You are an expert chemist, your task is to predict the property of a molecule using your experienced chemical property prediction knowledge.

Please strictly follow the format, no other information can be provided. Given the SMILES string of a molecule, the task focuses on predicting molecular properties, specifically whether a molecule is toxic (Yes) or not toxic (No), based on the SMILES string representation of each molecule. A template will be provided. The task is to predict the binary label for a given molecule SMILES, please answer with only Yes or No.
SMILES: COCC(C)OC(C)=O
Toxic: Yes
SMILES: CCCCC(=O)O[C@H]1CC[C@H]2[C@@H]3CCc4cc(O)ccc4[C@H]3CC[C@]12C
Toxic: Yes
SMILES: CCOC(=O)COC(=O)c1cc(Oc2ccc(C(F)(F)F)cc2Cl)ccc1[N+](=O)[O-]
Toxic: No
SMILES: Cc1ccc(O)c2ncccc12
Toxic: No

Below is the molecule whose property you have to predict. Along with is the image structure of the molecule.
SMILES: Nc1c(CC(=O)[O-])cccc1C(=O)c1ccc(Br)cc1.Nc1c(CC(=O)[O-])cccc1C(=O)c1ccc(Br)cc1
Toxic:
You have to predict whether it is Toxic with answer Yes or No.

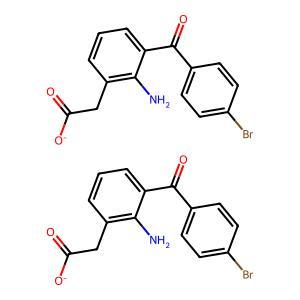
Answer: No